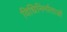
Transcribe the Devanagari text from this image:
विधिनिर्माताओं